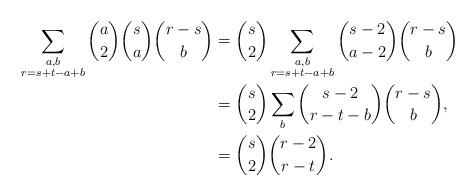
LaTeX: \begin{align*} \sum_{\substack{a,b \\ r=s+t-a+b}} \binom{a}{2}\binom{s}{a}\binom{r-s}{b} &=\binom{s}{2} \sum_{\substack{a,b \\ r=s+t-a+b}} \binom{s-2}{a-2}\binom{r-s}{b}\\ &=\binom{s}{2} \sum_b \binom{s-2}{r-t-b}\binom{r-s}{b},\\ &=\binom{s}{2}\binom{r-2}{r-t}. \end{align*}